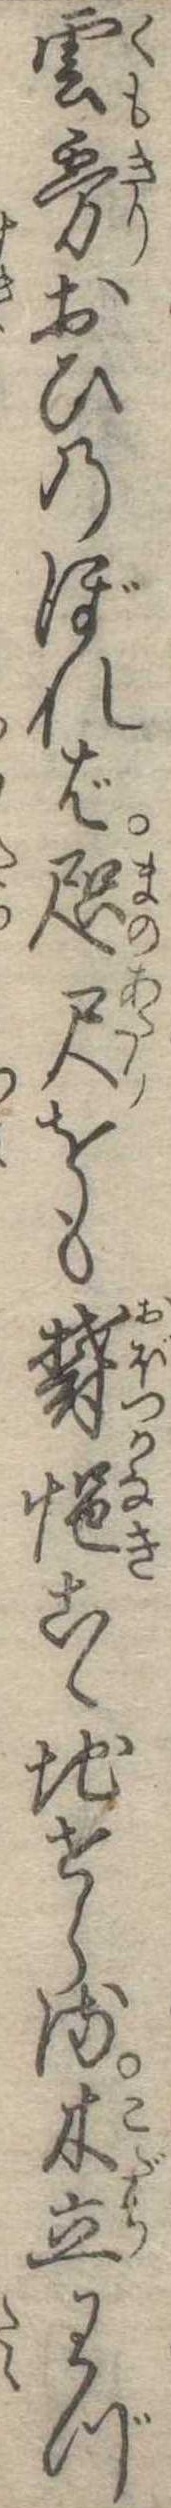
雲霧おひのぼれば咫尺をも欝悒こゝ地せらる木立わづ